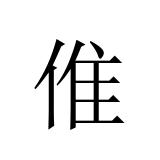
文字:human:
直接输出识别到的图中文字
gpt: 倠